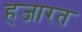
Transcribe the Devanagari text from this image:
हजारत